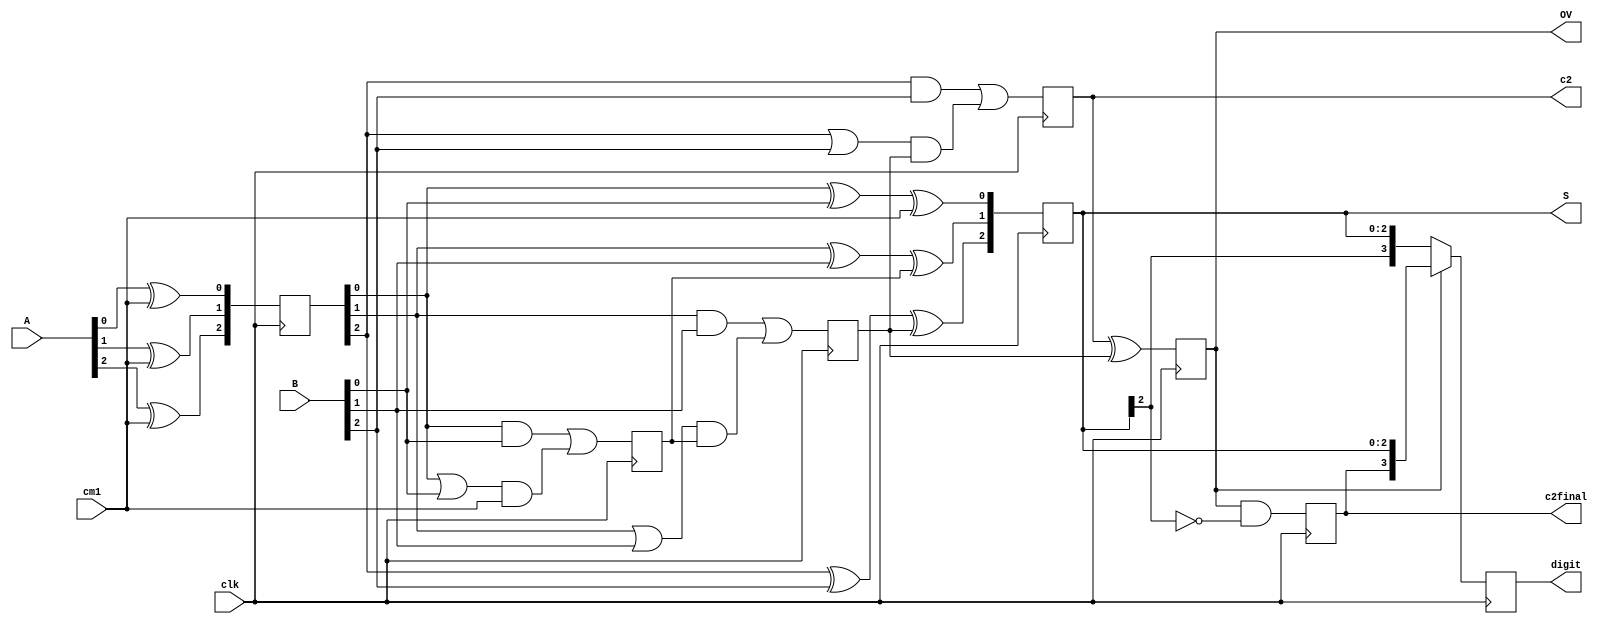
`timescale 1ns/1ps
module addsub (
	input clk,
    input [2:0] A,
    input [2:0] B,
	input cm1,
	output reg [2:0] S,
	output reg c2,
	output reg OV,
	output reg c2final,
	output reg [3:0] digit
	);
	reg [2:0] AA;
	reg c0;
	reg c1;
	always @(posedge clk)	
	begin
         AA[0]<=A[0]^cm1;
         AA[1]<=A[1]^cm1;	 
         AA[2]<=A[2]^cm1;
         c0<=(AA[0]&B[0]) | (AA[0]|B[0])&cm1;
         c1<=(AA[1]&B[1]) | (AA[1]|B[1])&c0;
         c2<=(AA[2]&B[2]) | (AA[2]|B[2])&c1;
         S[0]<=AA[0]^B[0]^cm1;
         S[1]<=AA[1]^B[1]^c0;
         S[2]<=AA[2]^B[2]^c1;
         OV<=c2^c1;
         c2final<=OV&(~S[2]);
         if (OV==1)
         begin
           digit<={c2final,S[2:0]};
         end
         else
         begin
           digit<={S[2],S[2:0]};
         end	
    end
endmodule